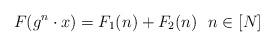
LaTeX: \begin{align*} F(g^n\cdot x)= F_1(n) + F_2(n) \ \ n\in [N]\end{align*}